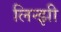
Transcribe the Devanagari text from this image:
लिन्झी